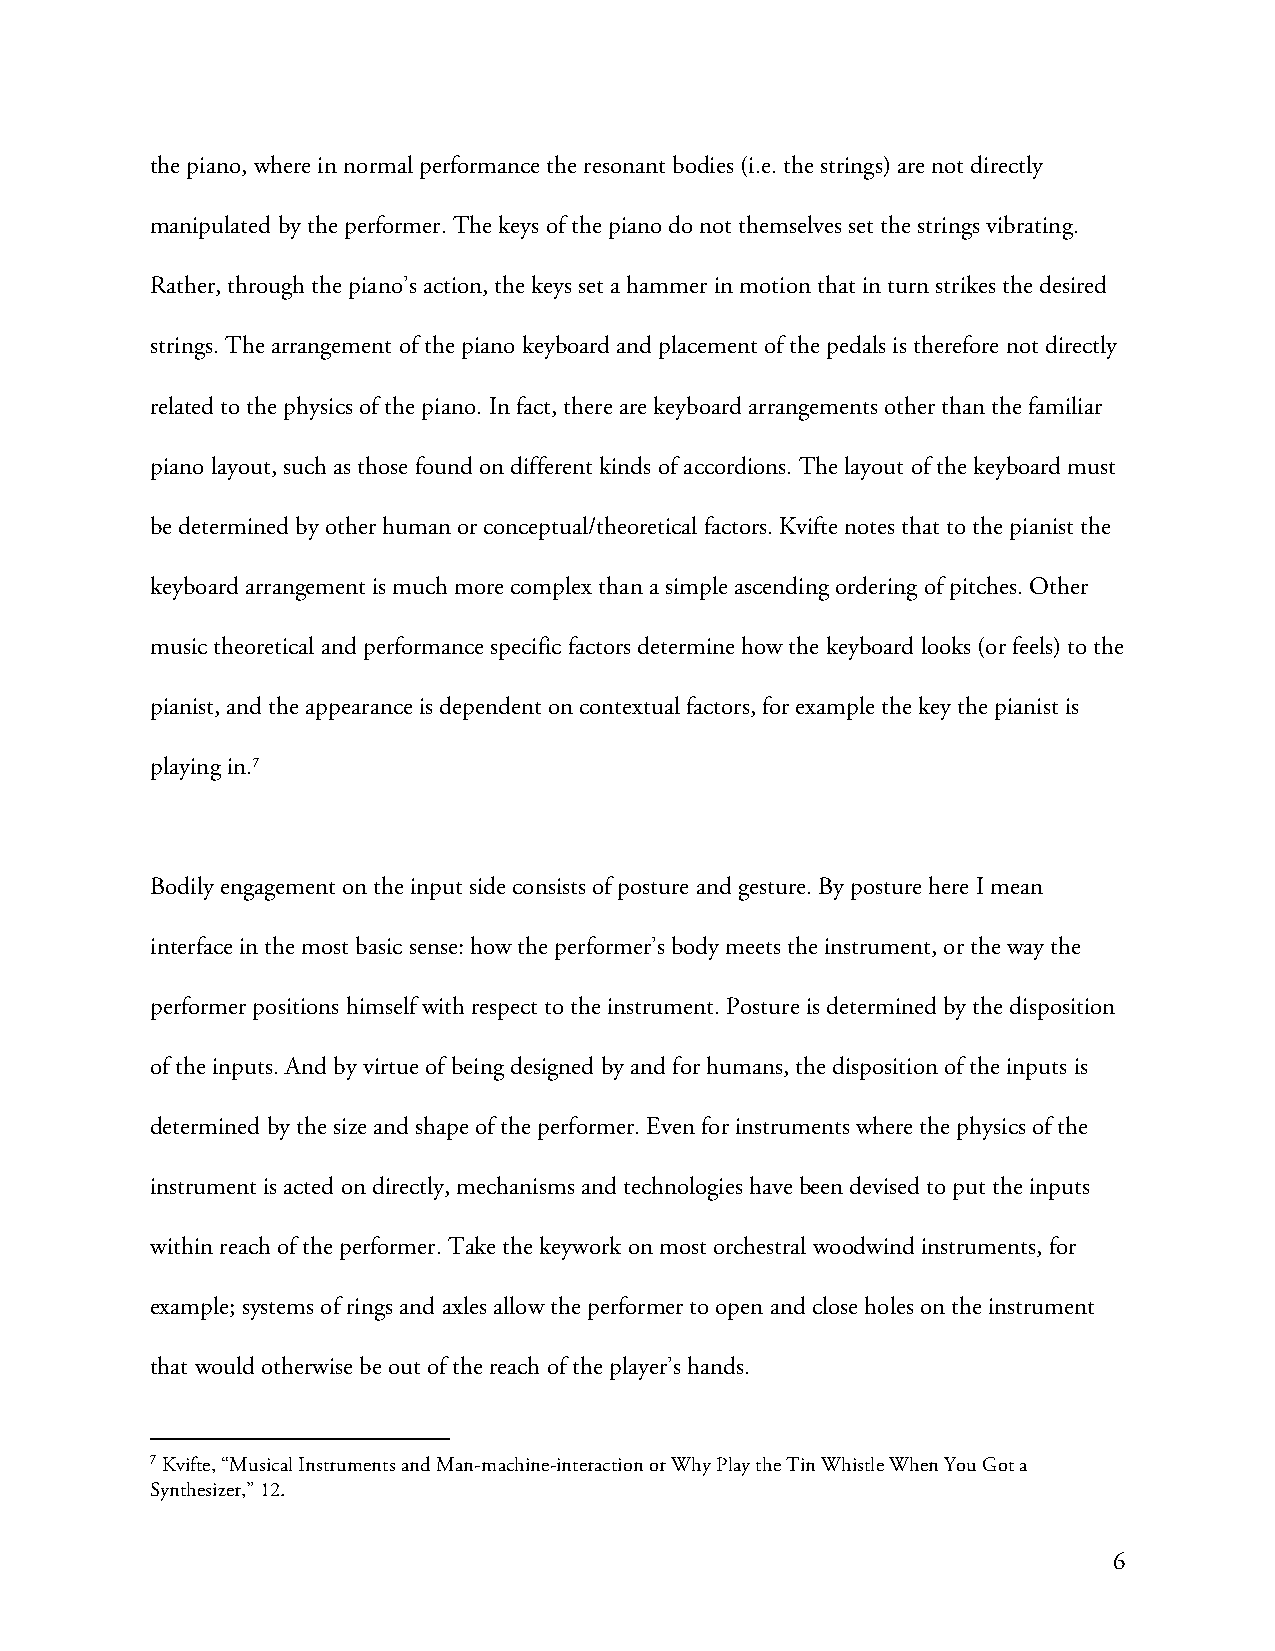
the piano, where in normal performance the resonant bodies (i.e. the strings) are not directly
 manipulated by the performer. The keys of the piano do not themselves set the strings vibrating.
 Rather, through the piano’s action, the keys set a hammer in motion that in turn strikes the desired
 strings. The arrangement of the piano keyboard and placement of the pedals is therefore not directly
 related to the physics of the piano. In fact, there are keyboard arrangements other than the familiar
 piano layout, such as those found on different kinds of accordions. The layout of the keyboard must
 be determined by other human or conceptual/theoretical factors. Kvifte notes that to the pianist the
 keyboard arrangement is much more complex than a simple ascending ordering of pitches. Other
 music theoretical and performance specific factors determine how the keyboard looks (or feels) to the
 pianist, and the appearance is dependent on contextual factors, for example the key the pianist is
 playing in.7
 Bodily engagement on the input side consists of posture and gesture. By posture here I mean
 interface in the most basic sense: how the performer’s body meets the instrument, or the way the
 performer positions himself with respect to the instrument. Posture is determined by the disposition
 of the inputs. And by virtue of being designed by and for humans, the disposition of the inputs is
 determined by the size and shape of the performer. Even for instruments where the physics of the
 instrument is acted on directly, mechanisms and technologies have been devised to put the inputs
 within reach of the performer. Take the keywork on most orchestral woodwind instruments, for
 example; systems of rings and axles allow the performer to open and close holes on the instrument
 that would otherwise be out of the reach of the player’s hands.
 7 Kvifte, “Musical Instruments and Man-machine-interaction or Why Play the Tin Whistle When You Got a
 Synthesizer,” 12.
 6